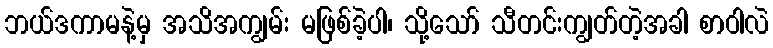
ဘယ်ဒကာမနဲ့မှ အသိအကျွမ်း မဖြစ်ခဲ့ပါ၊ သို့သော် သီတင်းကျွတ်တဲ့အခါ စာဝါလဲ